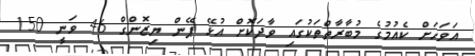
އަވަހަށް ކެއުމުގެ މުބާރާތްތަކުގަައި ވާދަކޮށް އުޅޭ ޕޭން ޔިޒޮންގް 46 ވަނީ 150